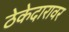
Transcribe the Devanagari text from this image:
ठेकेदारावर